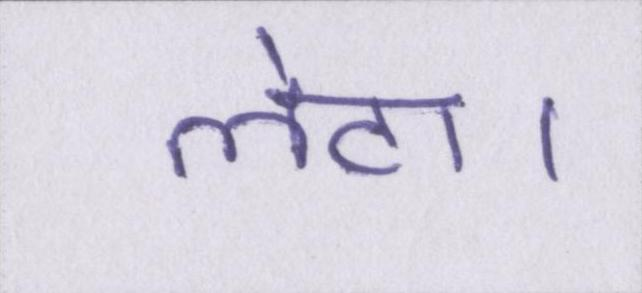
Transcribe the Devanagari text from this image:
लेटा।